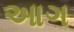
આગ